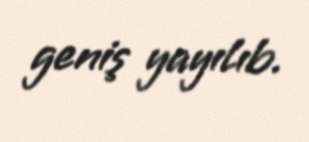
geniş yayılıb.